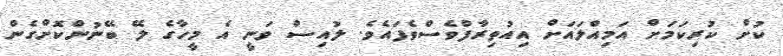
ކުށް ކުރިކަމަަށް އަމިއްލައަށް އިއުތިރާފްވެސްވެފައެވެ. ލުއިސް ވަނީ އެ މީހާގެ ލޭ ބޭނުންކޮށްގެން